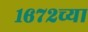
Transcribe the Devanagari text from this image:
१६७२च्या